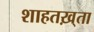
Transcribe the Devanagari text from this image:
शाहतख़्ता